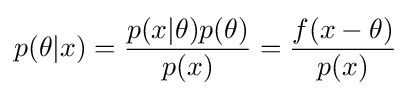
p(\theta |x)={\frac {p(x|\theta )p(\theta )}{p(x)}}={\frac {f(x-\theta )}{p(x)}}